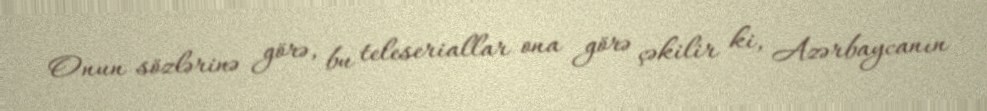
Onun sözlərinə görə, bu teleseriallar ona görə çəkilir ki, Azərbaycanın